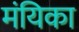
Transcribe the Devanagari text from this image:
मंयिका